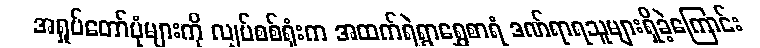
အရှုပ်တော်ပုံများကို လျှပ်စစ်ရုံးက အထက်ရဲရွာရွှေစာရံ ဒဏ်ရာရသူများရှိခဲ့ကြောင်း